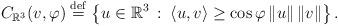
LaTeX: \begin{align*}C_{\mathbb{R}^{3}}(v,\varphi)\overset{{\rm def}}{=}\left\{ u\in\mathbb{R}^{3}\::\: \left\langle u, v\right\rangle \geq\cos\varphi\left\Vert u\right\Vert \left\Vert v\right\Vert \right\} .\end{align*}